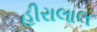
હીરાલાલ